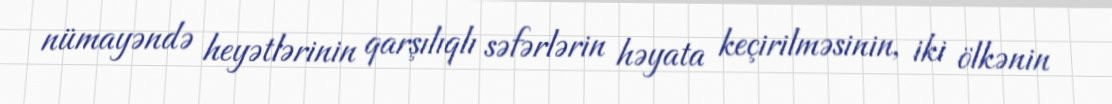
nümayəndə heyətlərinin qarşılıqlı səfərlərin həyata keçirilməsinin, iki ölkənin